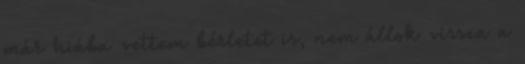
már hiába vettem bérletet is, nem állok vissza a